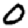
Digit: 0